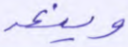
وينعه